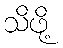
သိဖို့